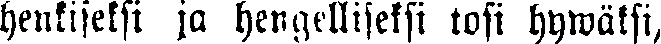
henkiseksi ja hengelliseksi tosi hywäksi,